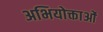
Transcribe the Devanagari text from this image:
अभियोक्ताओं